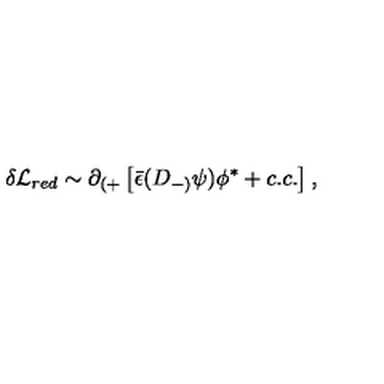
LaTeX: \delta { \cal L } _ { r e d } \sim \partial _ { ( + } \left[ { \bar { \epsilon } } ( D _ { - ) } \psi ) \phi ^ { * } + c . c . \right] ,